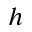
h